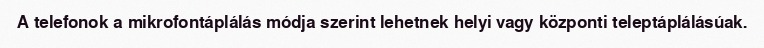
A telefonok a mikrofontáplálás módja szerint lehetnek helyi vagy központi teleptáplálásúak.